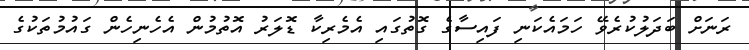
ރަނަށް ބަދަލުކުރެވޭ ހަމައެކަނި ފައިސާގެ ގޮތުގައި އެމެރިކާ ޑޮލަރު އޮތުމުން އެހެނިހެން ގައުމުތަކުގެ